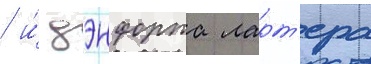
/ и́ дэнфорта ларт'ера